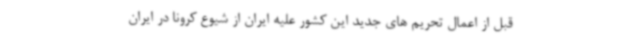
قبل از اعمال تحریم های جدید این کشور علیه ایران از شیوع کرونا در ایران